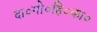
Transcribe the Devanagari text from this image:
दा०गो०हि०का०